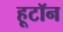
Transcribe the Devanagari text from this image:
हूटॉन